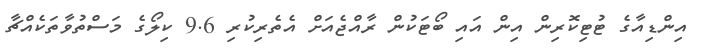
އިންޑިއާގެ ޓުޓިކޮރިން އިން އައި ބޯޓަކުން ރާއްޖެއަަށް އެތެރިކުރި 9.6 ކިލޯގެ މަސްތުވާތަކެއްޗާ